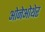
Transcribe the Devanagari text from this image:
ओनेओथेर